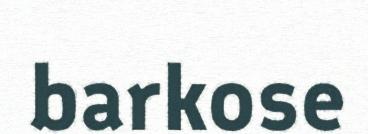
barkose